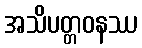
အသိပတ္တဝနဿ